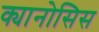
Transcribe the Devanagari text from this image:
क्यानोसिस